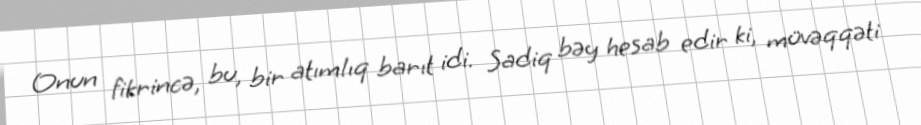
Onun fikrincə, bu, bir atımlıq barıt idi. Sadiq bəy hesab edir ki, müvəqqəti